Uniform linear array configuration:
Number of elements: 24
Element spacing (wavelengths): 0.75
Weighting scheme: exponential
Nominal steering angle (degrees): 45
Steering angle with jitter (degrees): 45.615
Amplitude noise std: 0.05
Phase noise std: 0.05

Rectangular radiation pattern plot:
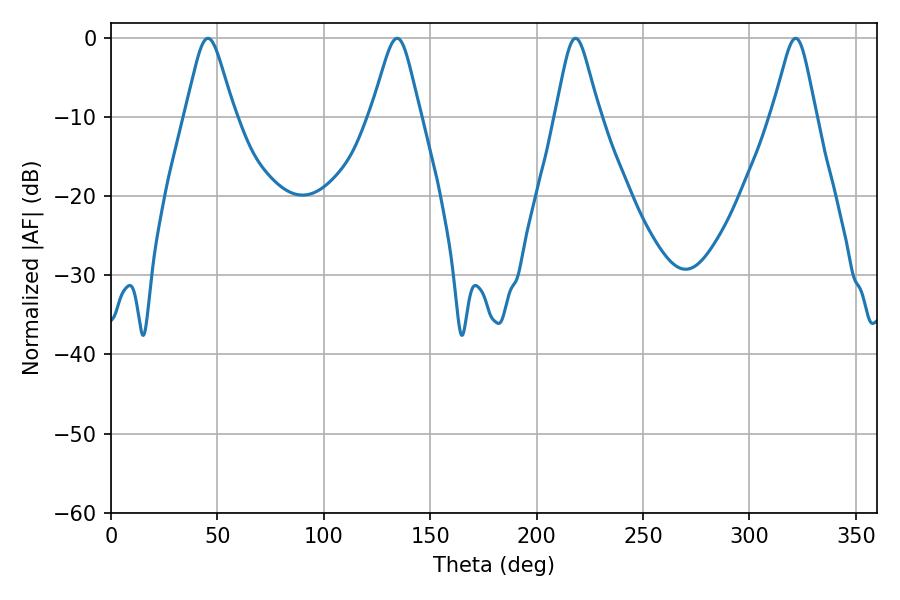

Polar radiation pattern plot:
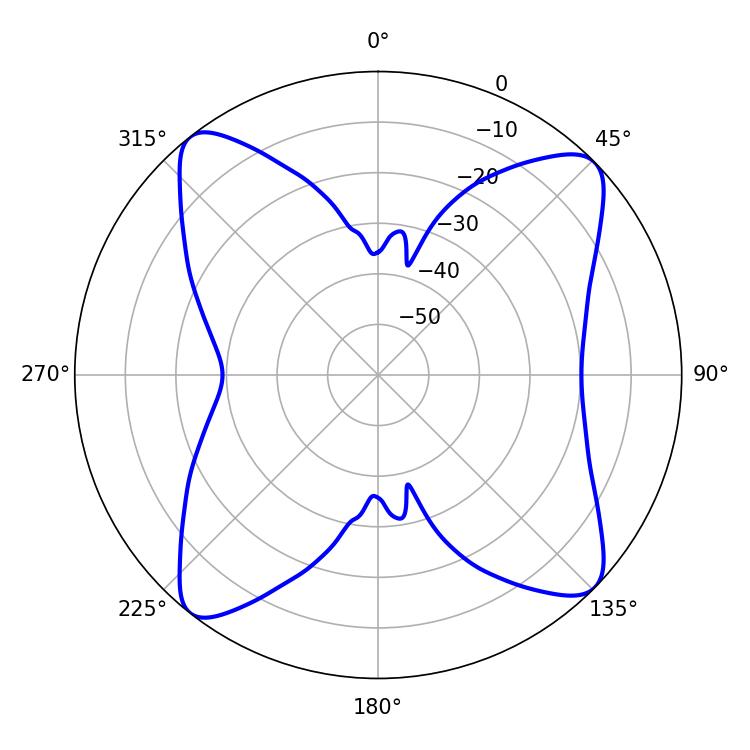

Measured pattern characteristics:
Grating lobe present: TRUE
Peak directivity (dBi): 13.898
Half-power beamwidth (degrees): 10.98
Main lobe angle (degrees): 45.54